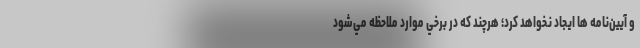
و آيين‌نامه ها ايجاد نخواهد كرد؛ هرچند كه در برخي موارد ملاحظه مي‌شود